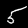
Digit: 5